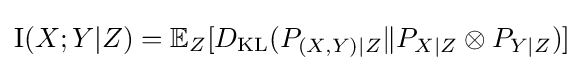
\operatorname {I} (X;Y|Z)=\mathbb {E} _{Z}[D_{\mathrm {KL} }(P_{(X,Y)|Z}\|P_{X|Z}\otimes P_{Y|Z})]